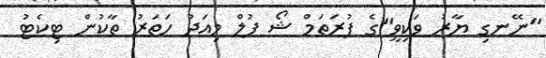
"ނޭނގި ޔާރު ވަކިވީ"ގެ ފުރަތަމް ޝޯ ފުލް މިއަދު ހަތަރު ތާކުން ޓިކެޓު